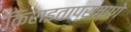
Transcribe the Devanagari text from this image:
किराइताप्रमाणे